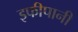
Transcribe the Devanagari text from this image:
इफीपानी